Lunatic asylums Madras 1877-1891 - 1877-1891
Year: 1877
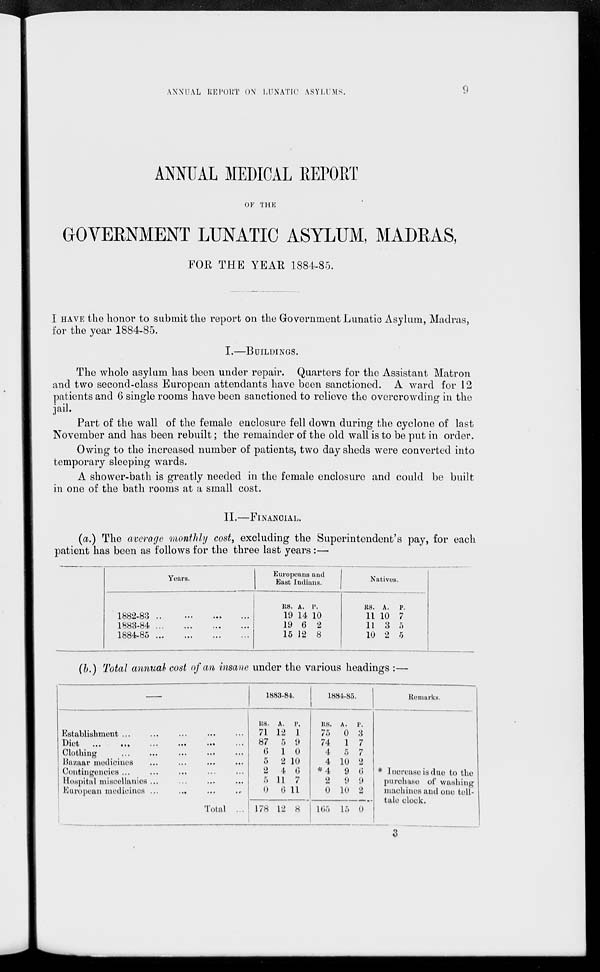
ANNUAL REPORT ON LUNATIC ASYLUMS.
9
ANNUAL MEDICAL REPORT
OF THE
GOVERNMENT LUNATIC ASYLUM, MADRAS,
FOR THE YEAR 1884-85.
I HAVE the honor to submit the report on the Government Lunatic Asylum, Madras,
for the year 1884-85.
I.—BUILDINGS.
The whole asylum has been under repair. Quarters for the Assistant Matron
and two second-class European attendants have been sanctioned. A ward for 12
patients and 6 single rooms have been sanctioned to relieve the overcrowding in the
jail.
Part of the wall of the female enclosure fell down during the cyclone of last
November and has been rebuilt; the remainder of the old wall is to be put in order.
Owing to the increased number of patients, two day sheds were converted into
temporary sleeping wards.
A shower-bath is greatly needed in the female enclosure and could be built
in one of the bath rooms at a small cost.
II.—FINANCIAL.
(a.) The average monthly cost, excluding the Superintendent's pay, for each
patient has been as follows for the three last years:—
Years.
1882-83 ... ... ... ...
1883-84
...
...
...
...
1884-85
...
...
...
...
Europeans and
East Indians.
Rs.
19
19
15
A.
14
6
12
P.
10
2
8
Natives.
Rs.
11
11
10
A.
10
3
2
P.
7
5
5
(b.) Total annual cost of an insane under the various headings :—
—
Establishment
...
...
...
...
...
Diet
...
...
...
......
...
Clothing
...
...
...
...
...
Bazaar medicines ... ... ... ...
Contingencies ... ... ... ... ...
Hospital miscellanies ... ... ... ...
European
medicines...
...
...
...
Total ...
1883-84.
Rs.
71
87
6
5
2
5
0
178
A.
12
5
1
2
4
11
6
12
P.
1
9
0
10
6
7
11
8
1884-85.
Rs.
75
74
4
4
*4
2
0
165
A.
0
1
5
10
9
9
10
15
P.
3
7
7
2
6
9
2
0
Remarks.
* Increase is due to the
purchase of washing
machines and one tell-
tale clock.
3